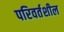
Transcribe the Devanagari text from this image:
परिवर्तशील